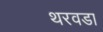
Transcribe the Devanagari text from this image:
थरवडा